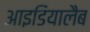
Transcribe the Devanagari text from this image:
आइडियालैब